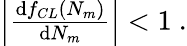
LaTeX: \begin{array}{r}{\left|{\frac{\textnormal{d}f_{CL}(N_{m})}{\textnormal{d}N_{m}}}\right|<1\ .}\end{array}